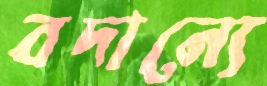
বদান্যে